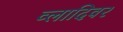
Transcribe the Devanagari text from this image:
व्लादिवर